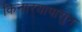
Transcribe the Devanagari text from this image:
किनार्‍यापासुन